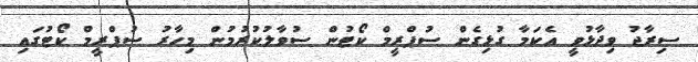
ސިރާޖު ވިދާޅުވީ އެކަމާ ގުޅިގެން ސުޕްރީމް ކޯޓުން ސުވާލުކުރުމުން މިހާރު ސުޕްރީމް ކޯޓުގައި